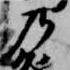
乃